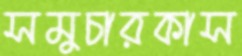
সমুচারকাস